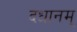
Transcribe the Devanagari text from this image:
दधानम्‌